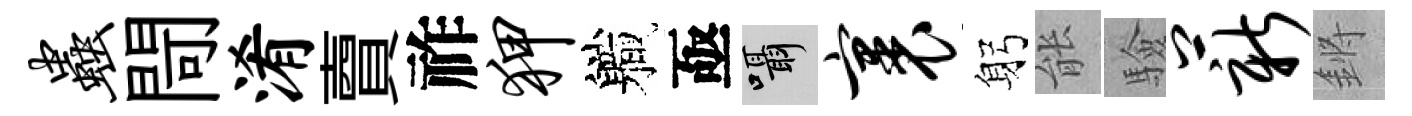
虫閜淆𧶠祚狎軄亟囁裹躬䏻驗薪鏘